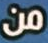
من